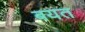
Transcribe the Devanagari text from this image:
बयत